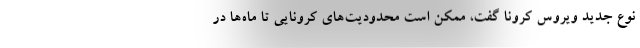
نوع جدید ویروس کرونا گفت، ممکن است محدودیت‌های کرونایی تا ماه‌ها در